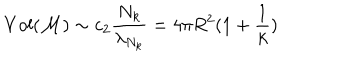
V o l ( { \cal M } ) \sim c _ { 2 } \frac { N _ { k } } { \lambda _ { N _ { k } } } = 4 \pi R ^ { 2 } ( 1 + \frac { 1 } { k } )